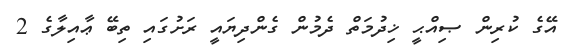
އޭގެ ކުރިން ޞިއްޙީ ޚިދުމަތް ދެމުން ގެންދިޔައީ ރަށުގައި ތިބޭ ޢާއިލާގެ 2